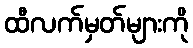
ထီလက်မှတ်များကို